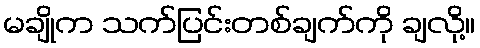
မချိုက သက်ပြင်းတစ်ချက်ကို ချလို့။